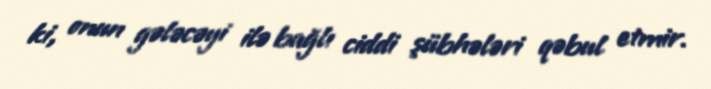
ki, onun gələcəyi ilə bağlı ciddi şübhələri qəbul etmir.